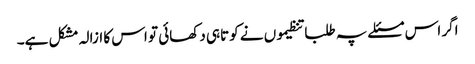
اگر اس مسئلے پہ طلبا تنظیموں نے کوتاہی دکھائی تو اس کا ازالہ مشکل ہے۔